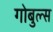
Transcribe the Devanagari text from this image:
गोबुल्स